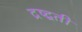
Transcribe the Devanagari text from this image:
द्रष्द्वती